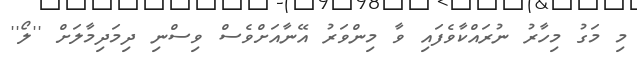
މި މަގު މިހާރު ނުރައްކާވެފައި ވާ މިންވަރު އޭނާއަށްވެސް ވިސްނި ދިމަދިމާލަށް ''ލޯ''